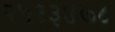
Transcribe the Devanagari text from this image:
२५१३४७८